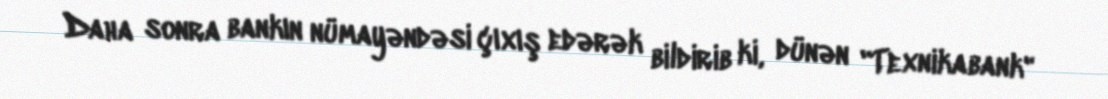
Daha sonra bankın nümayəndəsi çıxış edərək bildirib ki, dünən "Texnikabank"